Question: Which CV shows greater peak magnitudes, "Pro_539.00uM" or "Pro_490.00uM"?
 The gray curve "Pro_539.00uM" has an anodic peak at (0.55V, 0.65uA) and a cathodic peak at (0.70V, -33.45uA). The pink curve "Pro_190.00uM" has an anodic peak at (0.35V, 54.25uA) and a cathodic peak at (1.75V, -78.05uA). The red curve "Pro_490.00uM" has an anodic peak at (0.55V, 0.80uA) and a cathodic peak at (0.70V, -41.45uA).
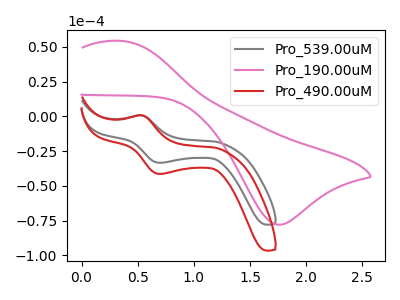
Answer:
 <answer>Every peak in "Pro_539.00uM" is lower than every peak in "Pro_490.00uM".</answer>
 <eval>lower</eval>